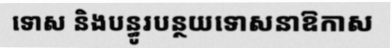
ទោស និងបន្ធូរបន្ថយទោសនាឱកាស